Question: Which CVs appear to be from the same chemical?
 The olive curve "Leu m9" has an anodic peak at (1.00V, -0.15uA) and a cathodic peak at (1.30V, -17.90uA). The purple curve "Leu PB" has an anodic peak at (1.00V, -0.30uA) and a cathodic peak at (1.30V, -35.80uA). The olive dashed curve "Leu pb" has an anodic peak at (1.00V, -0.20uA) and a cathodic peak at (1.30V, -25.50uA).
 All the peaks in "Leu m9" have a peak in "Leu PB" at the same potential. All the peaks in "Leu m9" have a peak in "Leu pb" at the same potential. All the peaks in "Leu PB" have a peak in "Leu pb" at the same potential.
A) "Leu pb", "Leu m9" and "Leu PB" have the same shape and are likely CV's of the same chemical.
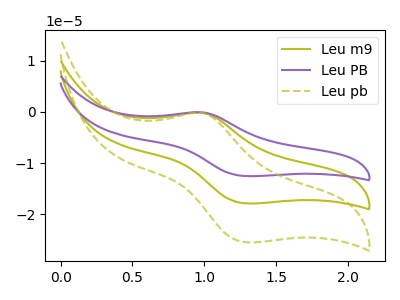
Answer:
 <answer>A) "Leu pb", "Leu m9" and "Leu PB" have the same shape and are likely CV's of the same chemical.</answer>
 <eval>A</eval>